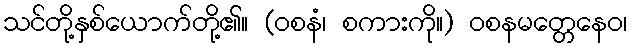
သင်တို့နှစ်ယောက်တို့၏။ (ဝစနံ၊ စကားကို။) ဝစနမတ္တေနေဝ၊